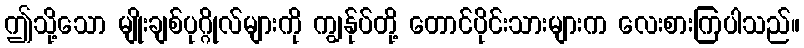
ဤသို့သော မျိုးချစ်ပုဂ္ဂိုလ်များကို ကျွန်ုပ်တို့ တောင်ပိုင်းသားများက လေးစားကြပါသည်။